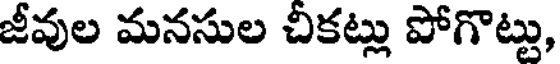
జీవుల మనసుల చికట్లు పోగొట్టు,